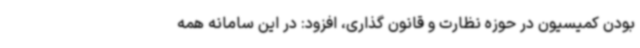
بودن کمیسیون در حوزه نظارت و قانون گذاری، افزود: در این سامانه همه